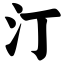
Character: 汀